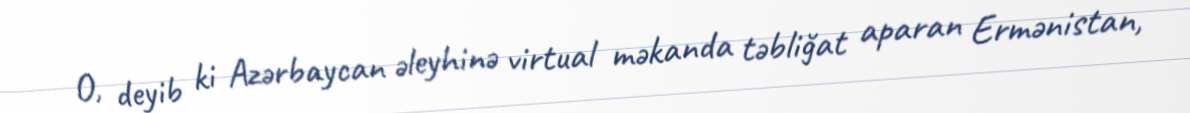
O, deyib ki Azərbaycan əleyhinə virtual məkanda təbliğat aparan Ermənistan,